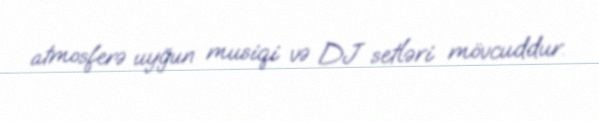
atmosferə uyğun musiqi və DJ setləri mövcuddur.